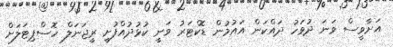
އަށާވީސް ވަނަ ދުވަހު ދައްކަން އައުމުން ޑޮކްޓަރު ވަނީ ކުޅުދުއްފުށީ ރީޖަނަލް ހޮސްޕިޓަލަށް